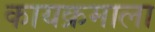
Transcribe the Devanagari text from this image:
कायक्रमाला